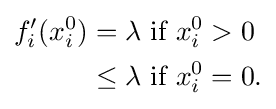
{\begin{aligned}f'_{i}(x_{i}^{0})&=\lambda {\mbox{ if }}x_{i}^{0}>0\\&\leq \lambda {\mbox{ if }}x_{i}^{0}=0.\end{aligned}}